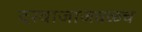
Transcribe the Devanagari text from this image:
दरवाजाजवळच